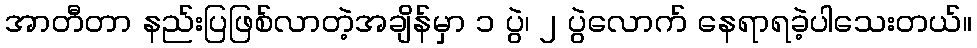
အာတီတာ နည်းပြဖြစ်လာတဲ့အချိန်မှာ ၁ ပွဲ၊ ၂ ပွဲလောက် နေရာရခဲ့ပါသေးတယ်။